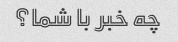
چه خبر با شما؟